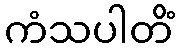
ကံသပါတိံ